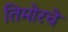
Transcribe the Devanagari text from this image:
तिमोरचे